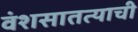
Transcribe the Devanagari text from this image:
वंशसातत्याची